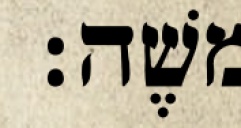
משֶׁה׃